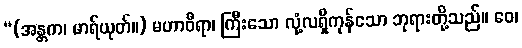
“(အန္တက၊ မာရ်ယုတ်။) မဟာဝီရာ၊ ကြီးသော လုံ့လရှိကုန်သော ဘုရားတို့သည်။ ဝေ၊